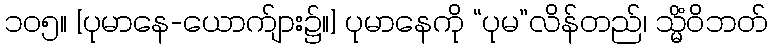
၁၀၅။ [ပုမာနေ-ယောက်ျား၌။] ပုမာနေကို “ပုမ”လိန်တည်၊ သ္မိံဝိဘတ်